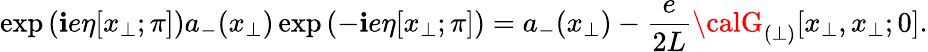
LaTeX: \exp\left(\mathbf{i}e\eta[x_{\perp};\pi]\right)a_{-}(x_{\perp})\exp\left(-\mathbf{i}e\eta[x_{\perp};\pi]\right)=a_{-}(x_{\perp})-\frac{{e}}{{2L}}{\calG}_{(\perp)}[x_{\perp},x_{\perp};0].